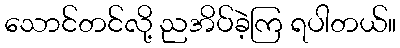
သောင်တင်လို့ ညအိပ်ခဲ့ကြ ရပါတယ်။